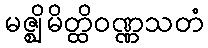
မဇ္ဈိမိတ္ထိဝဏ္ဏသတံ